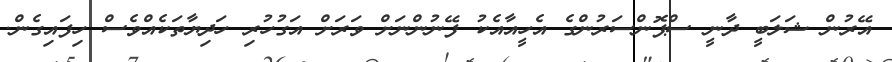
އޭރުން ޝަލަބީ ދާނީ ސްޕޮންސަރުންގެ އެހީއާއެކު ފޭނުންނަށް ވަރަށް އަގުހުރި ހަދިޔާތަކެއްވެސް ހިފައިގެން.